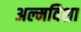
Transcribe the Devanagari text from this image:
अल्मविशा